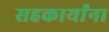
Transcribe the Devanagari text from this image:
सहकार्यांना